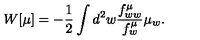
W [ \mu ] = - { \frac { 1 } { 2 } } \int d ^ { 2 } w { \frac { f _ { w w } ^ { \mu } } { f _ { w } ^ { \mu } } } \mu _ { w } .